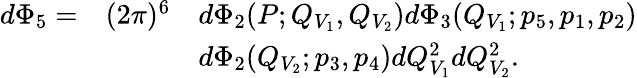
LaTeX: \begin{array}{lll}{{d\Phi_{5}=}}&{{(2\pi)^{6}}}&{{d\Phi_{2}(P;Q_{V_{1}},Q_{V_{2}})d\Phi_{3}(Q_{V_{1}};p_{5},p_{1},p_{2})}}\\ {{}}&{{}}&{{d\Phi_{2}(Q_{V_{2}};p_{3},p_{4})dQ_{V_{1}}^{2}dQ_{V_{2}}^{2}.}}\end{array}